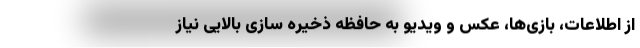
از اطلاعات، بازی‌ها، عکس و ویدیو به حافظه ذخیره سازی بالایی نیاز